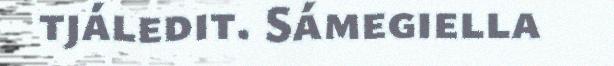
tjáledit. Sámegiella